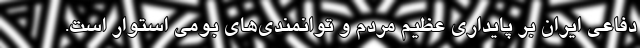
دفاعی ایران بر پایداری عظیم مردم و توانمندی­‌های بومی استوار است.